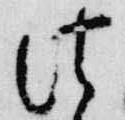
法